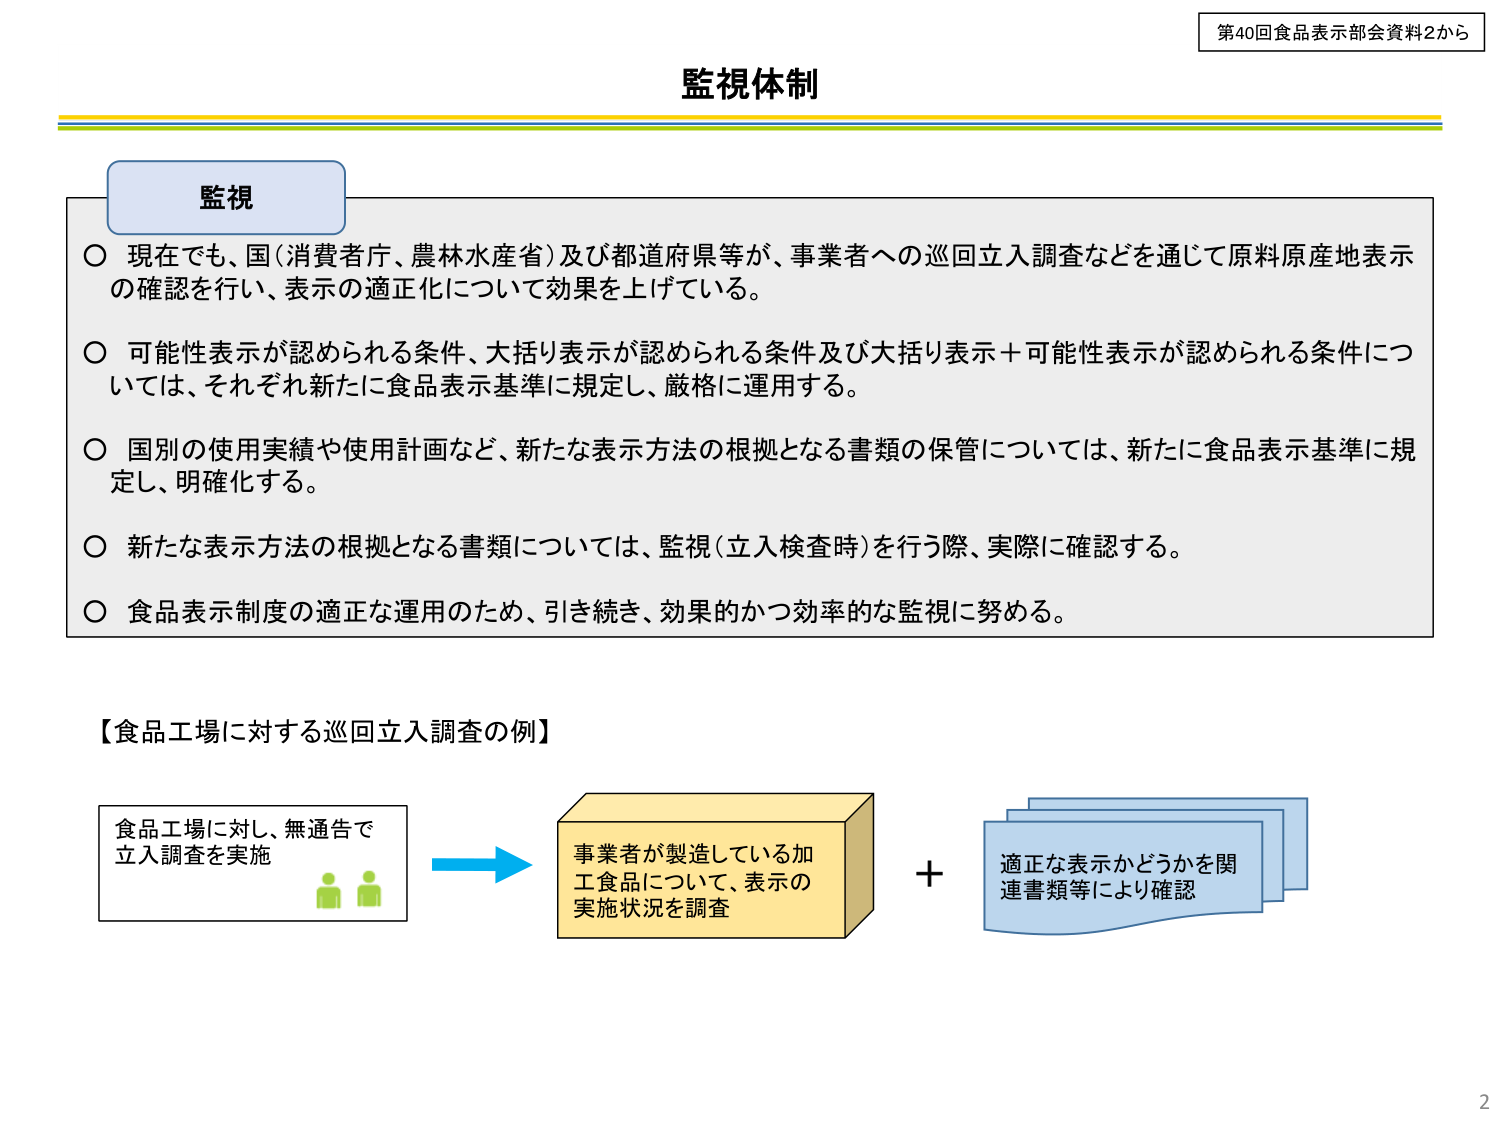
第40回食品表示部会資料2から

監視体制

監視

○ 現在でも、国（消費者庁、農林水産省）及び都道府県等が、事業者への巡回立入調査などを通じて原料原産地表示の確認を行い、表示の適正化について効果を上げている。

○ 可能性表示が認められる条件、大括り表示が認められる条件及び大括り表示＋可能性表示が認められる条件については、それぞれ新たに食品表示基準に規定し、厳格に運用する。

○ 国別の使用実績や使用計画など、新たな表示方法の根拠となる書類の保管については、新たに食品表示基準に規定し、明確化する。

○ 新たな表示方法の根拠となる書類については、監視（立入検査時）を行う際、実際に確認する。

○ 食品表示制度の適正な運用のため、引き続き、効果的かつ効率的な監視に努める。

【食品工場に対する巡回立入調査の例】

食品工場に対し、無通告で立入調査を実施

→

事業者が製造している加工食品について、表示の実施状況を調査

＋

適正な表示かどうかを関連書類等により確認

2